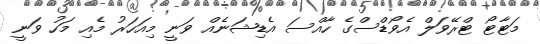
މަޓާޓޯ ޓްރޭވަލް އެވޯޑްސްގެ ހާއްސަ އެޑިޝަނެއް ވަނީ މިއަހަރު މެއި މަހު ވަނީ